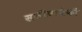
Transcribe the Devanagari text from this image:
सजीवापैकी